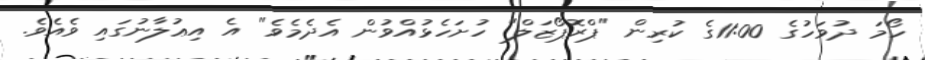
ހޯމަ ދުވަހުގެ 11:00ގެ ކުރިން "ޕްރޮޕޯޒަލް" ހުށަހެޅުއްވުން އެދެމެވެ" އެ އިޢުލާނުގައި ވެއެވެ.